Report on lock hospitals in British Burma
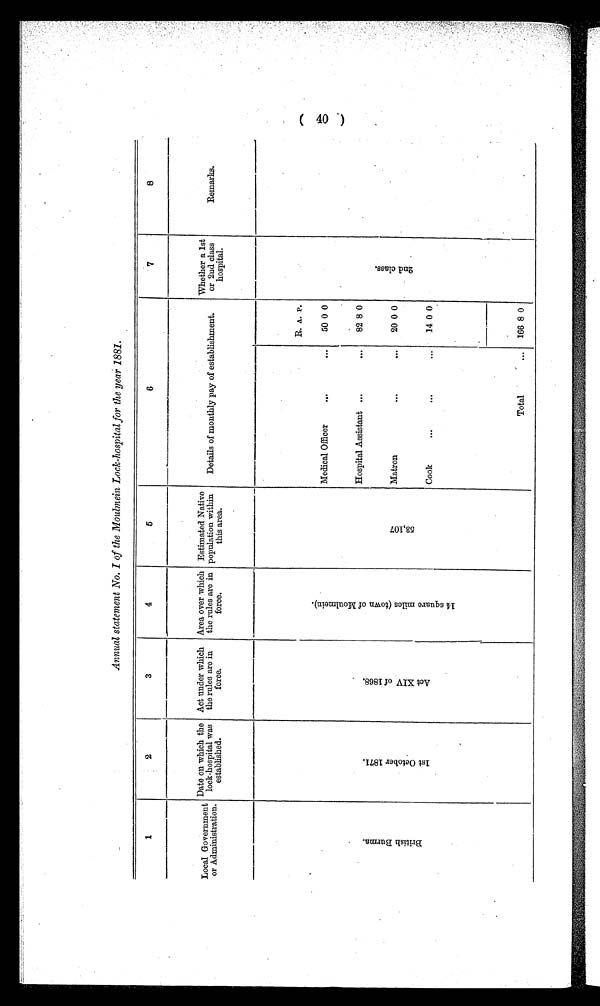
Annual statement No. I of the Moulmein Lock-hospital for the year 1881.
1
2
3
4
5
6
7
8
Local Government
or Administration.
Date on which the
lock-hospital was
established.
Act under which
the rules are in
force.
Area over which
the rules are in
force.
Estimated Native
population within
this area.
Details of monthly pay of establishment.
Whether a 1st
or 2nd class
hospital.
Remarks.
B r i t i s h B u r m a .
1 s t O c t o b e r 1 8 7 1 .
A c t X I V o f 1 8 6 8 .
1 4 s q u a r e m i l e s ( t o w n o f M o u l m e i n )
5 3 , 1 0 7
Medical Officer
...
...
R. A. P.
2 n d c l a s s .
50 0 0
Hospital Assistant ...
. . .
82 8 0
Matron
. . .
...
20 0 0
Cook
...
...
...
14 0 0
Total
. . .
166 8 0
( 40 )